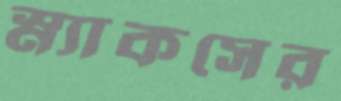
স্ন্যাকসের